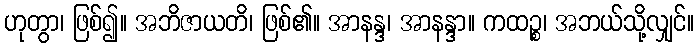
ဟုတွာ၊ ဖြစ်၍။ အဘိဇာယတိ၊ ဖြစ်၏။ အာနန္ဒ၊ အာနန္ဒာ။ ကထဉ္စ၊ အဘယ်သို့လျှင်။